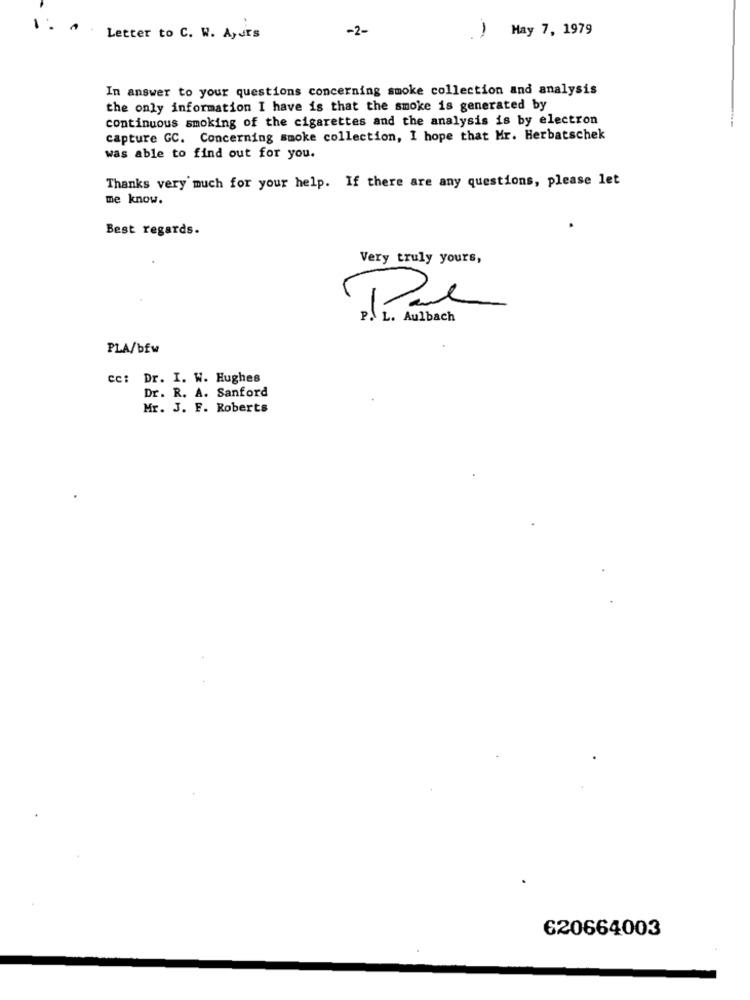
1.
. .
-2-
) May 7, 1979
Letter to C. W. A) Jrs
In answer to your questions concerning smoke collection and analysis
the only information I have is that the smoke is generated by
continuous smoking of the cigarettes and the analysis is by electron
capture GC. Concerning smoke collection, I hope that Mr. Herbatschek
was able to find out for you.
Thanks very much for your help. If there are any questions, please let
me know.
Best regards.
Very truly yours,
-
P. L. Aulbach
PLA/bfw
cc: Dr. I. W. Hughes
Dr. R. A. Sanford
Mr. J. F. Roberts
620664003